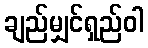
ချည်မျှင်ရှည်ဝါ